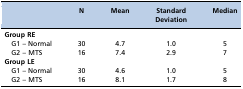
|  | N | Mean | Standard Deviation | Median |
 | --- | --- | --- | --- | --- |
 | Group RE |  |  |  |  |
 | G1 – Normal | 30 | 4.7 | 1.0 | 5 |
 | G2 – MTS | 16 | 7.4 | 2.9 | 7 |
 | Group LE |  |  |  |  |
 | G1 – Normal | 30 | 4.6 | 1.0 | 5 |
 | G2 – MTS | 16 | 8.1 | 1.7 | 8 |